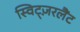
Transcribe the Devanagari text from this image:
स्विट्ज़रलैंट